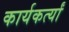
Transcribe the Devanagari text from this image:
कार्यकर्त्यां